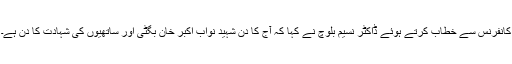
کانفرنس سے خطاب کرتے ہوئے ڈاکٹر نسیم بلوچ نے کہا کہ آج کا دن شہید نواب اکبر خان بگٹی اور ساتھیوں کی شہادت کا دن ہے۔